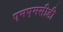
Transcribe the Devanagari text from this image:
एमएमसीडी